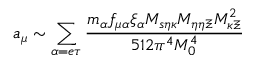
a _ { \mu } \sim \sum _ { \alpha = e \tau } \frac { m _ { \alpha } f _ { \mu \alpha } \xi _ { \alpha } M _ { s \eta \kappa } M _ { \eta \eta \Xi } M _ { \kappa \Xi } ^ { 2 } } { 5 1 2 \pi ^ { 4 } M _ { 0 } ^ { 4 } }